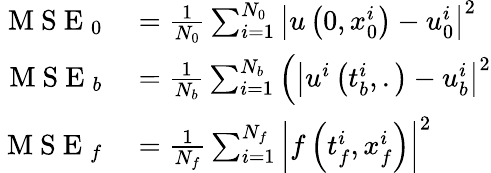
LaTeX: \begin{array}{rl}{\mathrm{~M~S~E~}_{0}}&{{}=\frac{1}{N_{0}}\sum_{i=1}^{N_{0}}\left|u\left(0,x_{0}^{i}\right)-u_{0}^{i}\right|^{2}}\\ {\mathrm{~M~S~E~}_{b}}&{{}=\frac{1}{N_{b}}\sum_{i=1}^{N_{b}}\left(\left|u^{i}\left(t_{b}^{i},.\right)-u_{b}^{i}\right|^{2}\right.}\\ {\mathrm{~M~S~E~}_{f}}&{{}=\frac{1}{N_{f}}\sum_{i=1}^{N_{f}}\left|f\left(t_{f}^{i},x_{f}^{i}\right)\right|^{2}}\end{array}